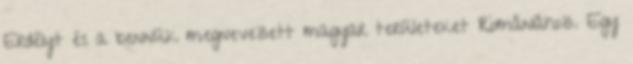
Erdélyt és a bennük megnevezett magyar területeket Romániához. Egy